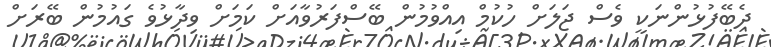
ދެބޭފުޅުންނަކީ ވެސް ޖަލަށް ހުކުމް އިއްވުމުން ބޭސްފަރުވާއަށް ކަމަށް ވިދާޅުވެ ގައުމުން ބޭރަށް